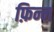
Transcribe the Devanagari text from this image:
फ़िन्न